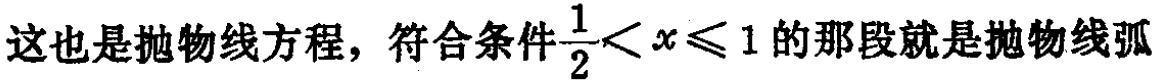
这也是抛物线方程，符合条件$\frac{1}{2}< x\leqslant 1$的那段就是抛物线弧